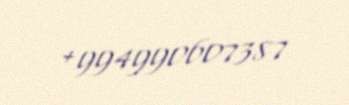
+994990607387